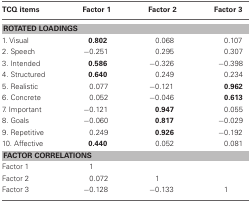
| TCQ items | Factor 1 | Factor 2 | Factor 3 |
 | --- | --- | --- | --- |
 | <COLSPAN=4> ROTATED LOADINGS |
 | 1. Visual | 0.802 | 0.068 | 0.107 |
 | 2. Speech | −0.251 | 0.295 | 0.307 |
 | 3. Intended | 0.586 | −0.326 | −0.398 |
 | 4. Structured | 0.640 | 0.249 | 0.234 |
 | 5. Realistic | 0.077 | −0.121 | 0.962 |
 | 6. Concrete | 0.052 | −0.046 | 0.613 |
 | 7. Important | −0.121 | 0.947 | 0.055 |
 | 8. Goals | −0.060 | 0.817 | −0.029 |
 | 9. Repetitive | 0.249 | 0.926 | −0.192 |
 | 10. Affective | 0.440 | 0.052 | 0.081 |
 | <COLSPAN=4> FACTOR CORRELATIONS |
 | Factor 1 | 1 |  |  |
 | Factor 2 | 0.072 | 1 |  |
 | Factor 3 | −0.128 | −0.133 | 1 |